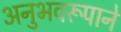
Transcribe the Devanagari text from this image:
अनुभवरूपाने